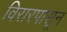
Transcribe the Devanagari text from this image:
विरारपासून